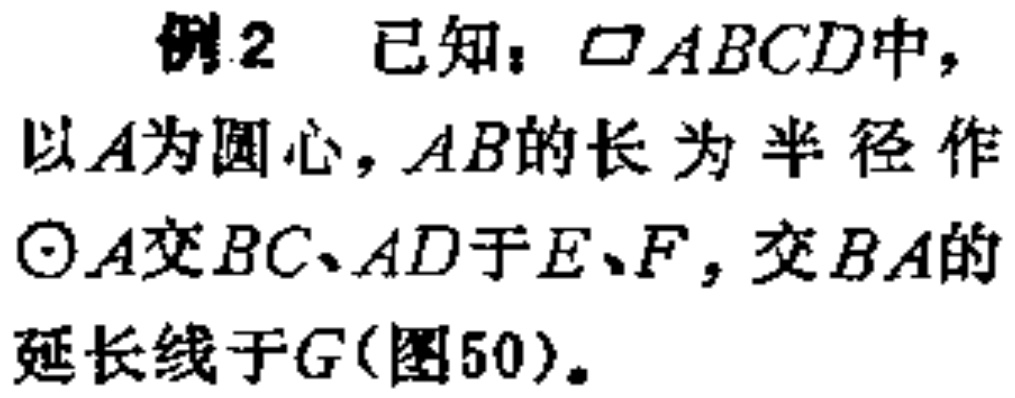
例2 已知：$\square ABCD$中，以$A$为圆心，$AB$的长为半径作$\odot A$交$BC、AD$于$E、F$，交$BA$的延长线于$G$(图50)。